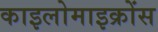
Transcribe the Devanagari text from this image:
काइलोमाइक्रोंस